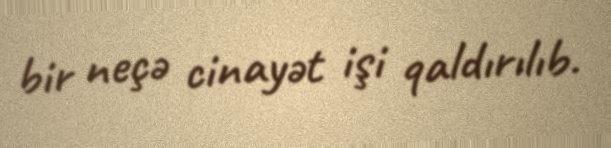
bir neçə cinayət işi qaldırılıb.